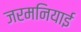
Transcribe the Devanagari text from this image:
जरमनियाई